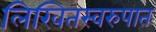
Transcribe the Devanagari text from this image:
लिखितस्वरुपात